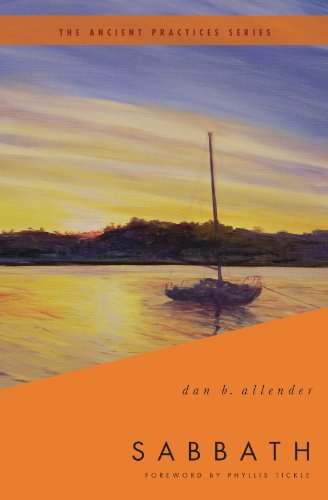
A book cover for Sabbath: The Ancient Practices; Dan B. Allender  PLLC; Christian Books & Bibles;